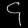
Digit: ၄